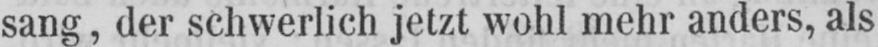
sang, der schwerlich jetzt wohl mehr anders, als